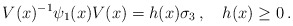
\begin{align*}V(x)^{-1} \psi_1(x) V(x) = h(x) \sigma_3 \, , \quad h(x) \geq 0 \, .\end{align*}